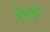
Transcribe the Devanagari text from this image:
हेंद्य्रा